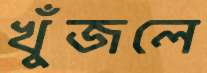
খুঁজলে